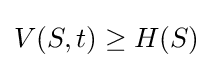
V(S,t)\geq H(S)